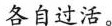
各自过活。